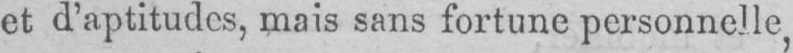
et d’aptitudes, mais sans fortune personnelle